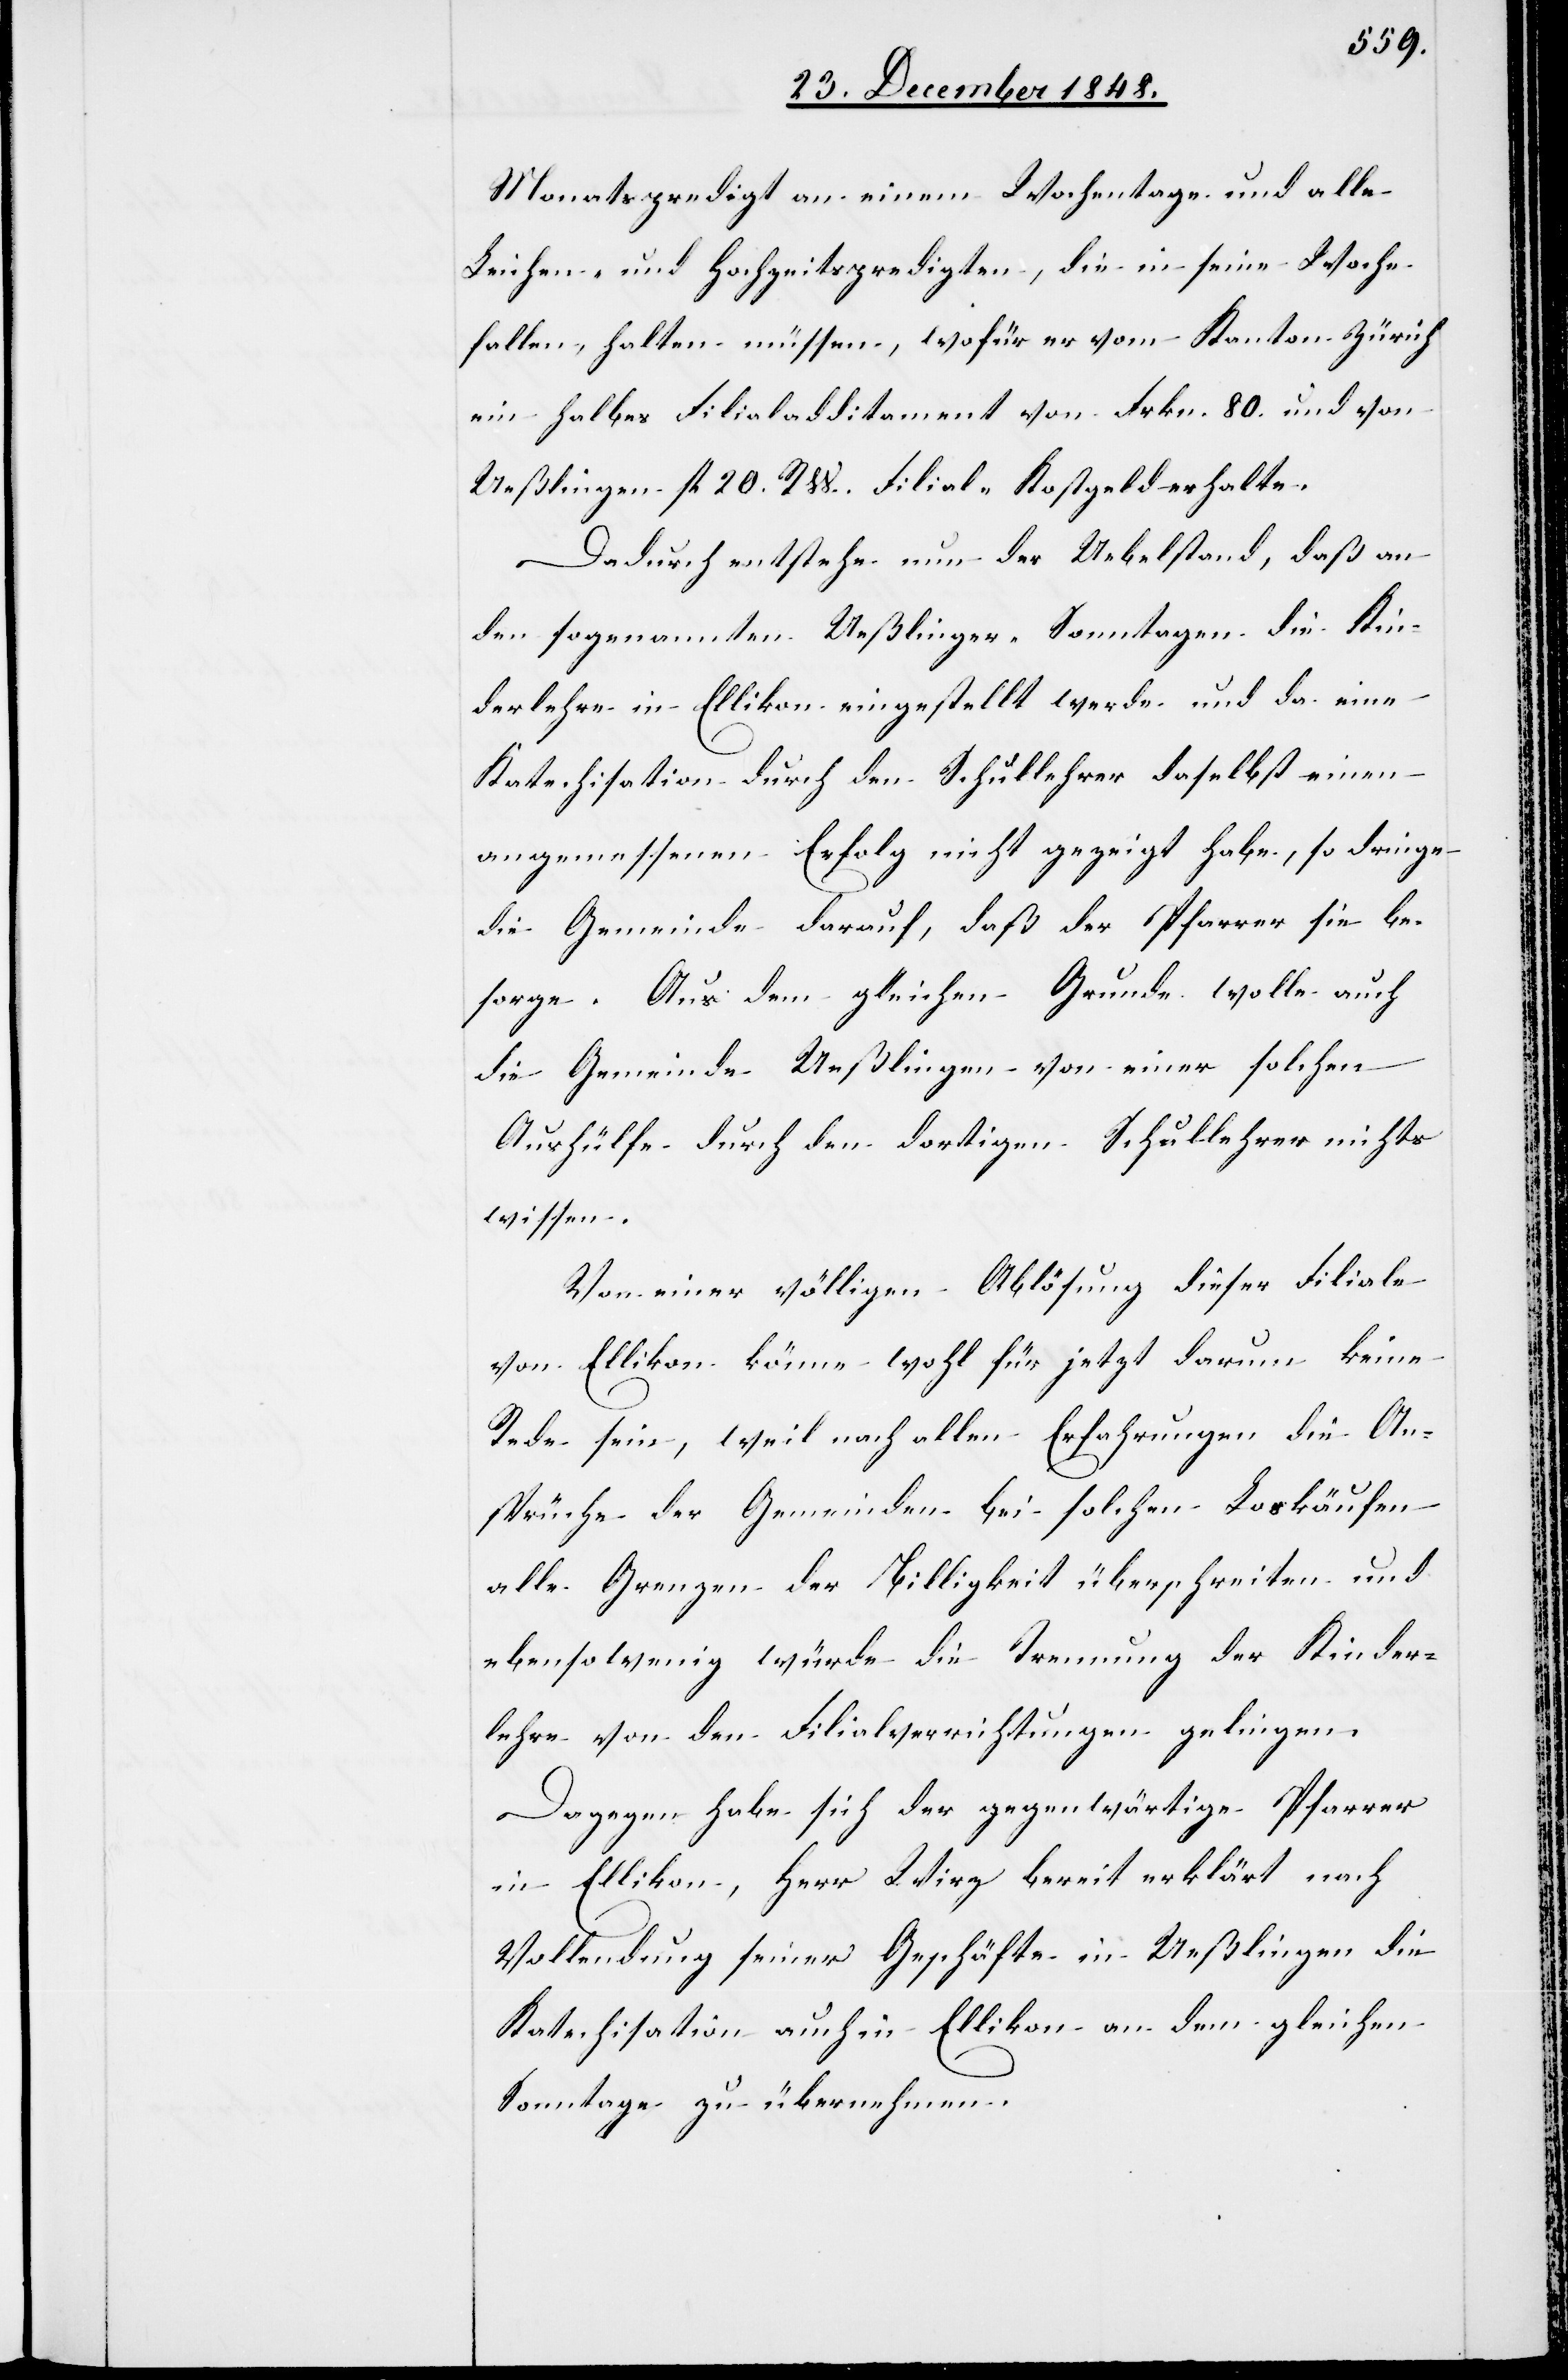
Monatspredigt an einem Wochentage und alle
Leichen- und Hochzeitspredigten, die in seine Woche
fallen, halten müssen, wofür er vom Kanton Zürich
ein halbes Filialadditament von Frkn. 80. und von
Ueßlingen fl. 20. R W. Filial-Kostgeld erhalte.
Dadurch entstehe nun der Uebelstand, daß an
den sogenannten Ueßlinger-Sonntagen die Kin¬
derlehre in Ellikon eingestellt werde und da eine
Katechisation durch den Schullehrer daselbst einen
angemessenen Erfolg nicht gezeigt habe, so dringe
die Gemeinde darauf, daß der Pfarrer sie be¬
sorge. Aus dem gleichen Grunde wolle auch
die Gemeinde Ueßlingen von einer solchen
Aushülfe durch den dortigen Schullehrer nichts
wissen.
Von einer völligen Ablösung dieser Filiale
von Ellikon könne wohl für jetzt darum keine
Rede sein, weil nach allen Erfahrungen die An¬
sprüche der Gemeinden bei solchen Loskäufen
alle Grenzen der Billigkeit überschreiten und
ebensowenig würde die Trennung der Kinder¬
lehre von den Filialverrichtungen gelingen.
Dagegen habe sich der gegenwärtige Pfarrer
in Ellikon, Herr Wirz bereit erklärt nach
Vollendung seiner Geschäfte in Ueßlingen die
Katechisation auch in Ellikon an dem gleichen
Sonntage zu übernehmen.